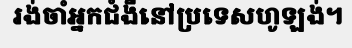
រង់ចាំអ្នកជំងឺនៅប្រទេសហូឡង់។